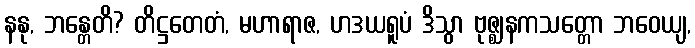
နနု, ဘန္တေတိ? တိဋ္ဌတေတံ, မဟာရာဇ, ဟဒယရူပံ ဒိသွာ ဗုဇ္ဈနကသတ္တော ဘဝေယျ,